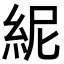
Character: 𥿡